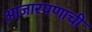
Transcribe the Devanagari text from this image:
आजारपणाची